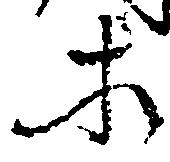
等